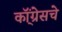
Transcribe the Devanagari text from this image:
कॉ्ंग्रेसचे